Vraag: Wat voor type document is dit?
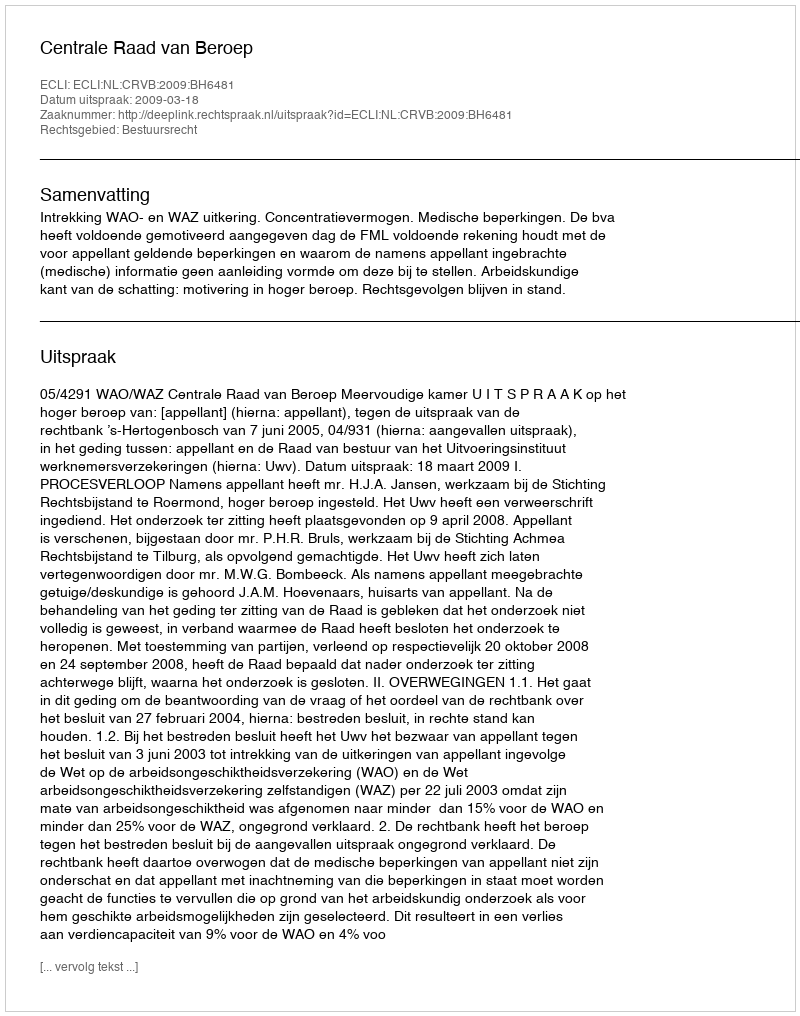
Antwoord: Uitspraak